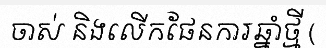
ចាស់ និងលើកផែនការឆ្នាំថ្មី (